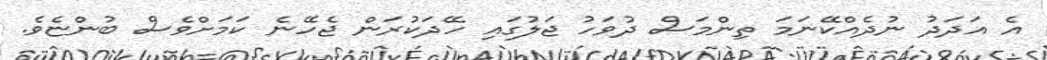
އެ އަދަދު ނުދެއްކޭނަމަ ތިންމަސް ދުވަހު ޖަލުގައި ހޭދަކުރަން ޖެހޭނެ ކަމަށްވެސް ބުންޏެވެ.